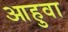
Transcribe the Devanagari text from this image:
आहुवा